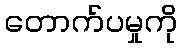
တောက်ပမှုကို